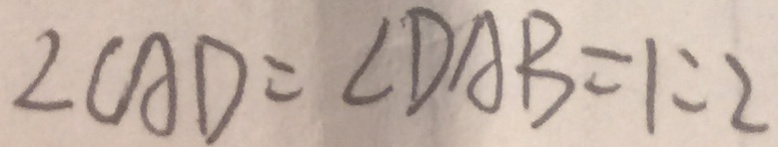
\angle C A D = \angle D A B = 1 : 2